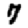
Digit: 7